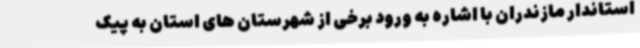
استاندار مازندران با اشاره به ورود برخی از شهرستان های استان به پیک